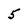
Character: 5